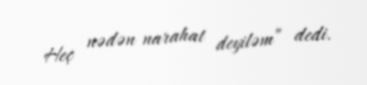
Heç nədən narahat deyiləm” dedi.